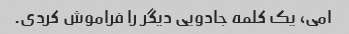
امی، یک کلمه جادویی دیگر را فراموش کردی.